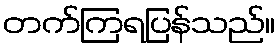
တက်ကြရပြန်သည်။